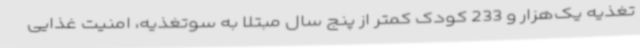
تغذیه یک‌هزار و 233 کودک کمتر از پنج سال مبتلا به سوتغذیه، امنیت غذایی